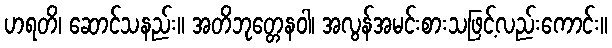
ဟရတိ၊ ဆောင်သနည်း။ အတိဘုတ္တေနဝါ၊ အလွန်အမင်းစားသဖြင့်လည်းကောင်း။